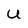
Character: U